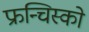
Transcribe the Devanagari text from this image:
फ्रन्चिस्को